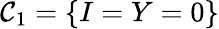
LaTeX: \mathcal{C}_{1}=\{ I=Y=0\}